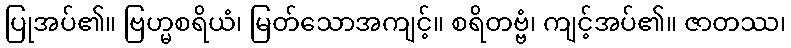
ပြုအပ်၏။ ဗြဟ္မစရိယံ၊ မြတ်သောအကျင့်။ စရိတဗ္ဗံ၊ ကျင့်အပ်၏။ ဇာတဿ၊